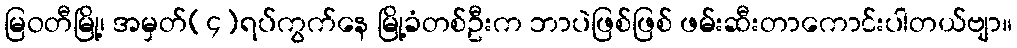
မြဝတီမြို့၊ အမှတ်(၄)ရပ်ကွက်နေ မြို့ခံတစ်ဦးက ဘာပဲဖြစ်ဖြစ် ဖမ်းဆီးတာကောင်းပါတယ်ဗျာ။